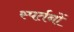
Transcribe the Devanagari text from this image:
स्पर्तनों